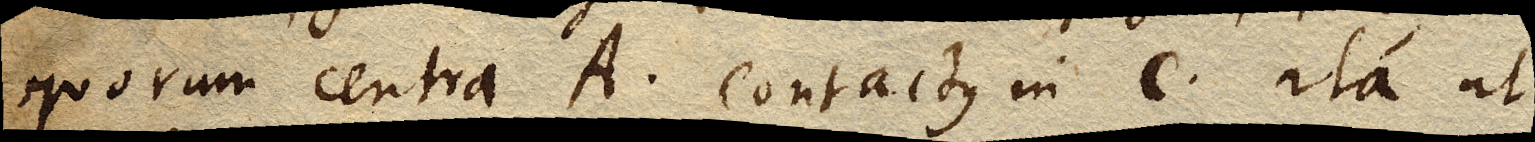
quorum centra A contactus in C ita ut